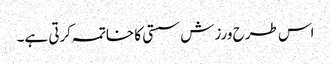
اس طرح ورزش سستی کا خاتمہ کرتی ہے۔